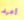
أعرف